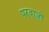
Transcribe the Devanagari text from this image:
परवाज़ों